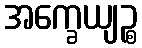
အက္ခေယျဉ္စ